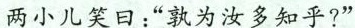
两小儿笑日：”孰为汝多知乎?”